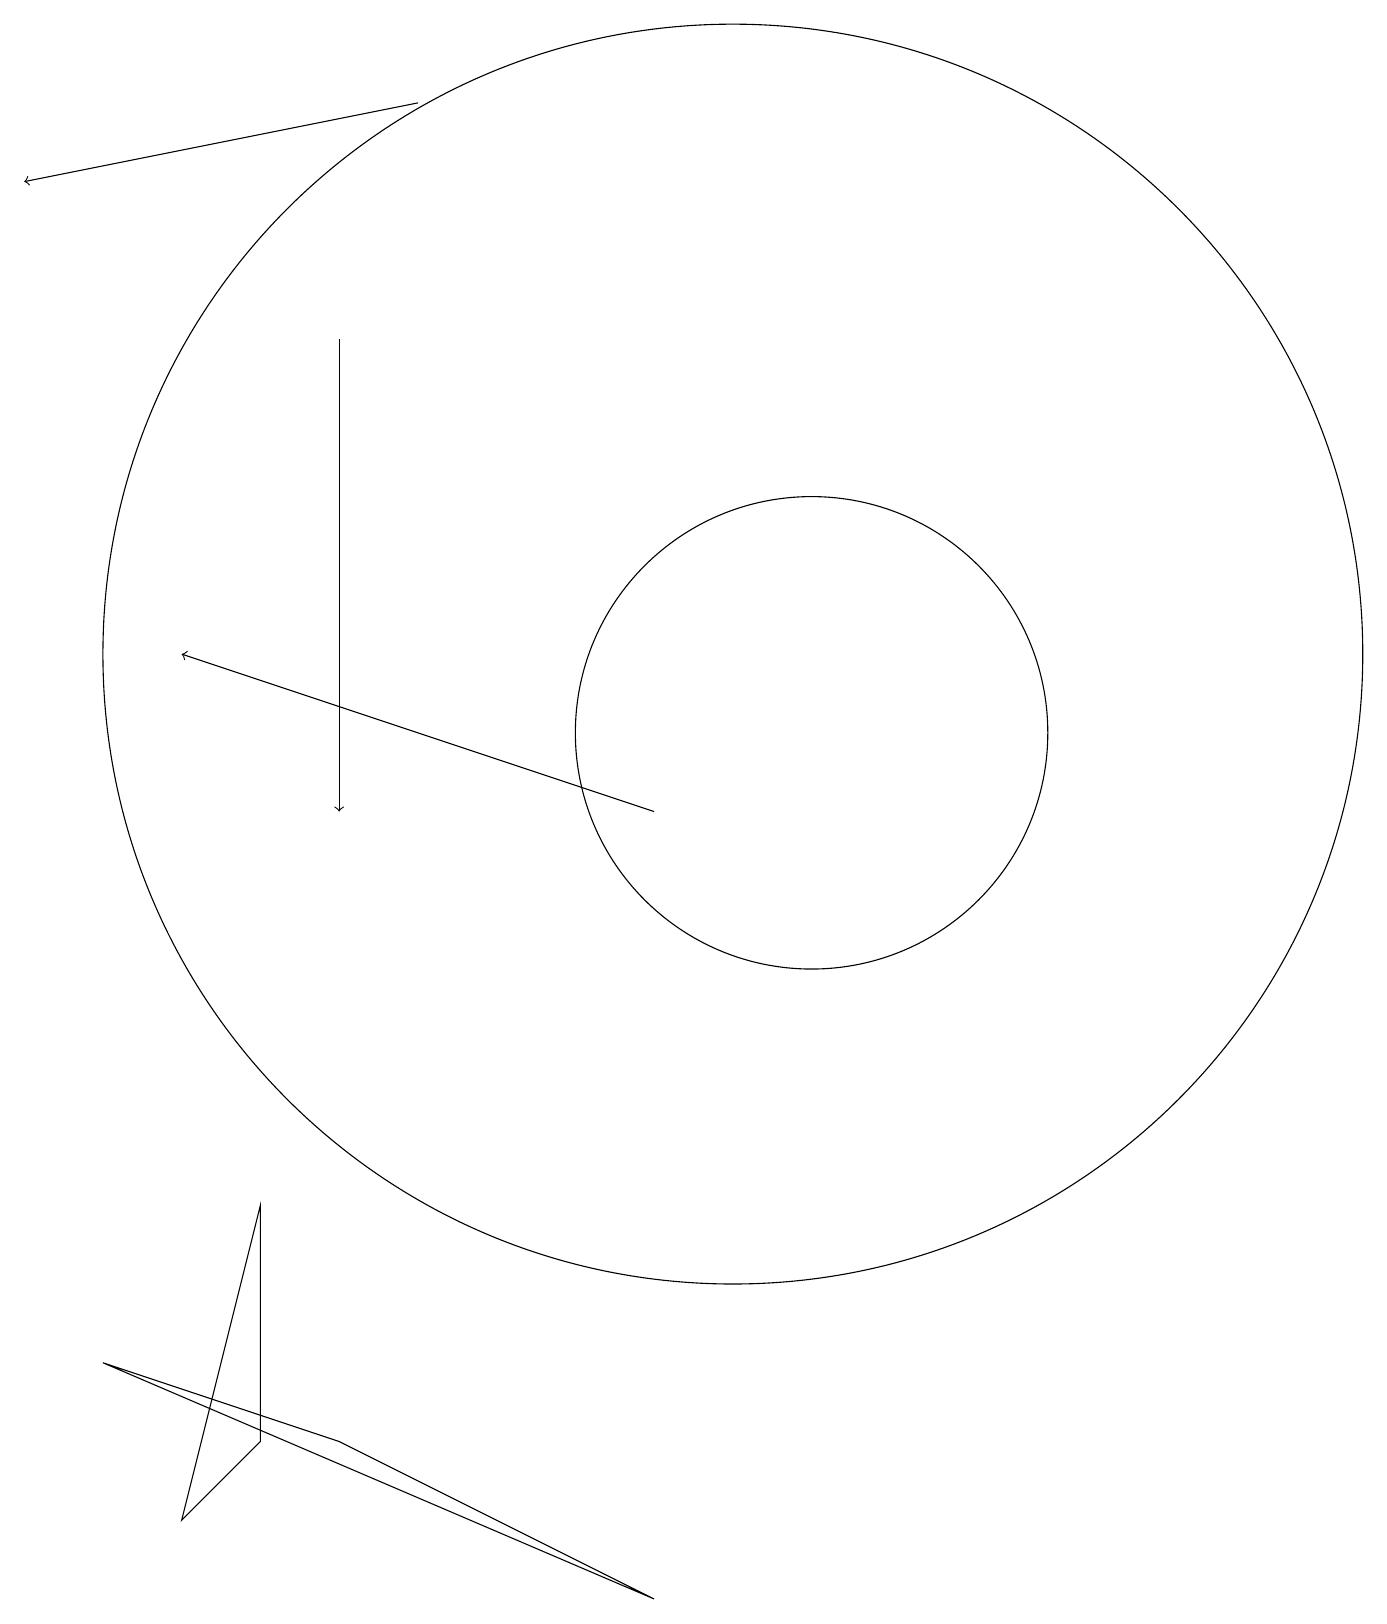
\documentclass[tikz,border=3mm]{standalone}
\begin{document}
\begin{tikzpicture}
\draw[->] (5,16) -- (5,10);
\draw (3,1) -- (4,2) -- (4,5) -- cycle;
\draw[->] (9,10) -- (3,12);
\draw (11,11) circle (3);
\draw[->] (6,19) -- (1,18);
\draw (10,12) circle (8);
\draw (11,11) circle (0);
\draw (2,3) -- (5,2) -- (9,0) -- cycle;
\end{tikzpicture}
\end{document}